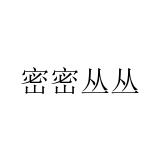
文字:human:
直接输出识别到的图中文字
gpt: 密密丛丛